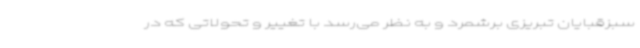
سبزقبایان تبریزی برشمرد و به نظر می‌رسد با تغییر و تحولاتی که در